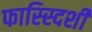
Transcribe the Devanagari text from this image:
फास्स्दिशी